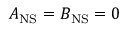
A _ { \mathrm { N S } } = B _ { \mathrm { N S } } = 0